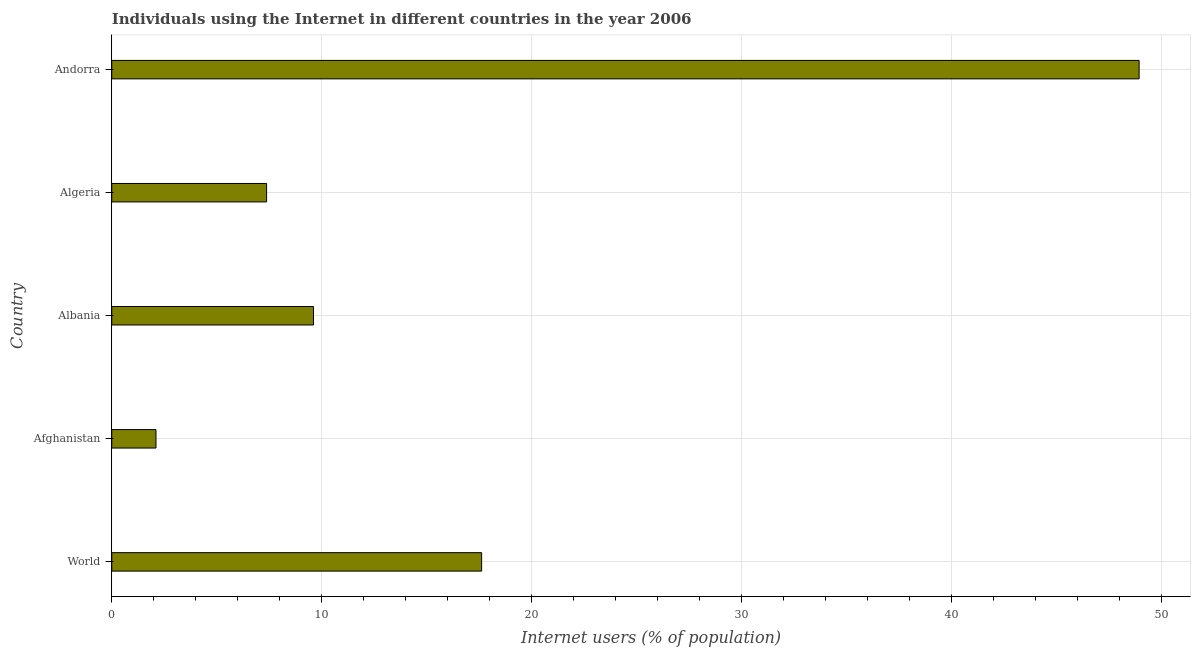
| Country | Internet users |
 | --- | --- |
 | World | 17.6 |
 | Afghanistan | 2.11 |
 | Albania | 9.61 |
 | Algeria | 7.38 |
 | Andorra | 48.9 |